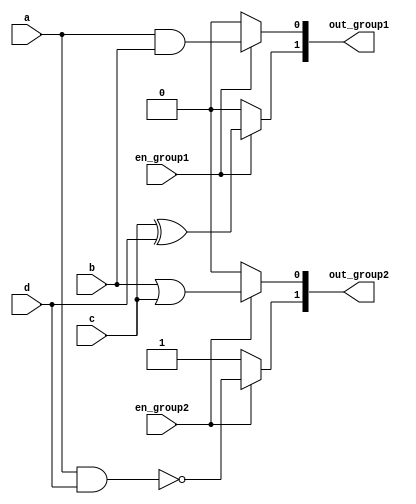
module OverlappingGroups (
    input wire a,          // Primary input
    input wire b,          // Primary input
    input wire c,          // Primary input
    input wire d,          // Primary input
    input wire en_group1,  // Enable signal for Group 1
    input wire en_group2,  // Enable signal for Group 2
    output wire [1:0] out_group1, // Outputs from Group 1
    output wire [1:0] out_group2  // Outputs from Group 2
);

    // Group 1: Implements AND and XOR logic
    wire group1_and_out;
    wire group1_xor_out;

    assign group1_and_out = (en_group1) ? (a & b) : 1'b0; // AND operation
    assign group1_xor_out = (en_group1) ? (c ^ d) : 1'b0; // XOR operation

    assign out_group1 = {group1_xor_out, group1_and_out}; // Concatenate outputs

    // Group 2: Implements OR and NAND logic
    wire group2_or_out;
    wire group2_nand_out;

    assign group2_or_out = (en_group2) ? (b | c) : 1'b0; // OR operation
    assign group2_nand_out = (en_group2) ? ~(a & d) : 1'b1; // NAND operation

    assign out_group2 = {group2_nand_out, group2_or_out}; // Concatenate outputs

endmodule